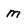
Character: m